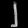
Digit: ၂